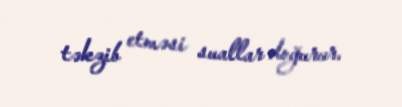
təkzib etməsi suallar doğurur.